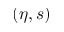
( \eta , s )